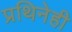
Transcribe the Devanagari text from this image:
प्रथिनेही